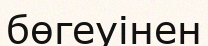
бөгеуінен